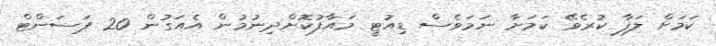
ކަމަށް ލަފާ ކުރެވޭ ކަމަށާ ނަމަވެސް ޑިއުޓީ މައާފުކޮށްދިނުމުން އެއަގުން 20 ޕަސަންޓް